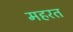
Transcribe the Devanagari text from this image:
महरत